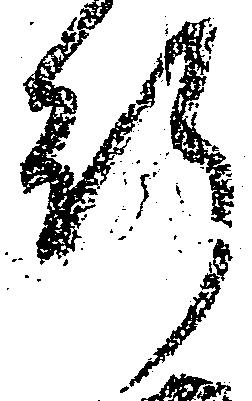
行